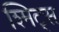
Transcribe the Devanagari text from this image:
श्मिट्स